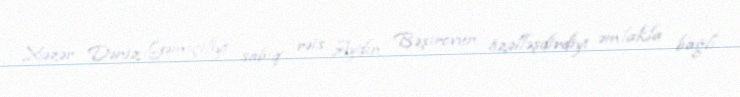
Xəzər Dəniz Gəmiçiliyi sabiq rəis Aydın Bəşirovun özəlləşdirdiyi əmlakla bağlı